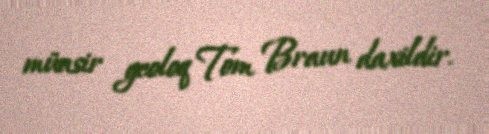
müasir geoloq Tom Braun daxildir.